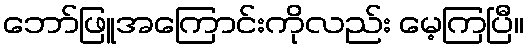
ဘော်ဖြူအကြောင်းကိုလည်း မေ့ကြပြီ။